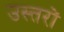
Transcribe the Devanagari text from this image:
उस्तरों